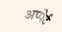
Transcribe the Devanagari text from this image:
अप्पेर्ट